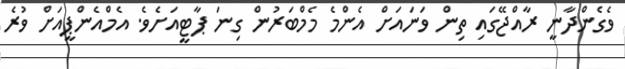
ވެގެންދާނީ ރާއްޖޭގައި ތިން ވަނައަށް އެންމެ މެމްބަރުން ގިނަ ޕާޓީއަށެވެ. އެމްއެންޕީއަށް ވުރެ